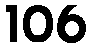
106